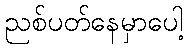
ညစ်ပတ်နေမှာပေါ့